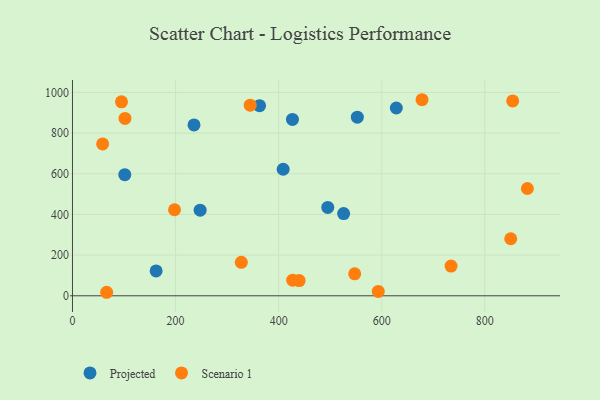
{"axis": {"x": "Ad Spend", "y": "Yield"}, "legend": ["Projected", "Scenario 1"], "data": [{"x": "101.5", "y": 595.8, "type": "Projected"}, {"x": "363.0", "y": 934.9, "type": "Projected"}, {"x": "426.8", "y": 867.2, "type": "Projected"}, {"x": "408.8", "y": 622.3, "type": "Projected"}, {"x": "247.7", "y": 421.2, "type": "Projected"}, {"x": "552.7", "y": 878.1, "type": "Projected"}, {"x": "235.8", "y": 840.4, "type": "Projected"}, {"x": "628.3", "y": 923.4, "type": "Projected"}, {"x": "495.3", "y": 434.3, "type": "Projected"}, {"x": "526.1", "y": 404.4, "type": "Projected"}, {"x": "162.3", "y": 122.2, "type": "Projected"}, {"x": "198.0", "y": 423.2, "type": "Scenario 1"}, {"x": "427.3", "y": 77.0, "type": "Scenario 1"}, {"x": "882.6", "y": 527.6, "type": "Scenario 1"}, {"x": "344.8", "y": 937.5, "type": "Scenario 1"}, {"x": "66.3", "y": 17.3, "type": "Scenario 1"}, {"x": "547.6", "y": 108.0, "type": "Scenario 1"}, {"x": "95.1", "y": 953.8, "type": "Scenario 1"}, {"x": "327.6", "y": 164.6, "type": "Scenario 1"}, {"x": "850.3", "y": 280.6, "type": "Scenario 1"}, {"x": "734.5", "y": 145.9, "type": "Scenario 1"}, {"x": "439.8", "y": 74.9, "type": "Scenario 1"}, {"x": "101.9", "y": 872.2, "type": "Scenario 1"}, {"x": "678.2", "y": 964.1, "type": "Scenario 1"}, {"x": "58.5", "y": 747.0, "type": "Scenario 1"}, {"x": "854.1", "y": 958.0, "type": "Scenario 1"}, {"x": "593.3", "y": 21.3, "type": "Scenario 1"}]}